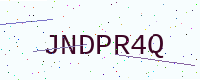
Text: JNDPR4Q